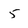
Character: 5